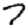
Digit: 7